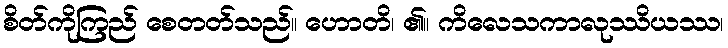
စိတ်ကိုကြည် စေတတ်သည်။ ဟောတိ၊ ၏။ ကိလေသကာလုဿိယဿ၊